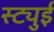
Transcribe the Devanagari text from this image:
स्ट्युई